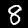
Label: 8